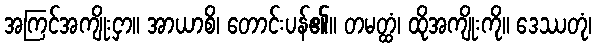
အကြင်အကျိုးငှာ။ အာယာစိ၊ တောင်းပန်၏။ တမတ္ထံ၊ ထိုအကျိုးကို။ ဒေဿတုံ၊